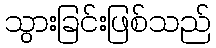
သွားခြင်းဖြစ်သည်